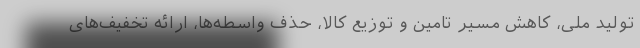
تولید ملی، کاهش مسیر تامین و توزیع کالا، حذف واسطه‌ها، ارائه تخفیف‌های